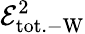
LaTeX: \mathcal{E}_{\mathrm{tot.-W}}^{2}